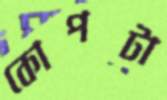
কোপটা